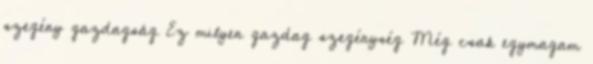
szegény gazdagság Ez milyen gazdag szegénység Még csak egymagam